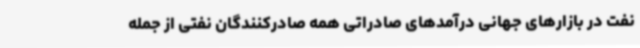
نفت در بازارهای جهانی درآمدهای صادراتی همه صادرکنندگان نفتی از جمله